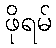
ဖိုရမ်